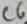
Text: C6